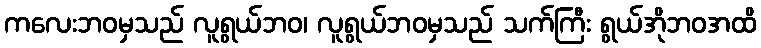
ကလေးဘဝမှသည် လူရွယ်ဘဝ၊ လူရွယ်ဘဝမှသည် သက်ကြီး ရွယ်အိုဘဝအထိ